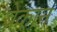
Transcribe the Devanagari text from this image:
ब्रेकान